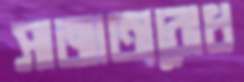
সাজাত্যবোধ